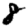
Digit: 8